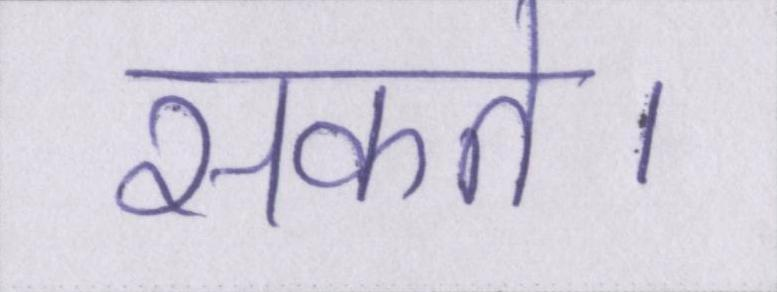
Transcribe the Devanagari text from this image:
सकते।